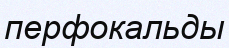
перфокальды